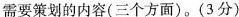
需要策划的内容(三个方面)。(3分)